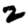
Digit: 2